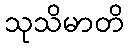
သုသိမာတိ